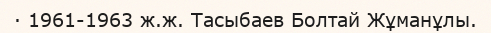
· 1961-1963 ж.ж. Тасыбаев Болтай Жұманұлы.